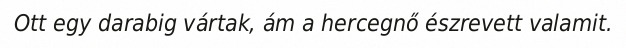
Ott egy darabig vártak, ám a hercegnő észrevett valamit.